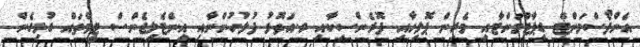
އެންފޯސްމަންޓް ޑިޕާޓްމަންޓާއި މެރިން ޕޮލިހާއި ފޮރެންސިކާއި ރ.އަތޮޅު ފުލުހުންނާއި އިންޓެލިޖެންސް ޓީމްތައް ގުޅިގެން